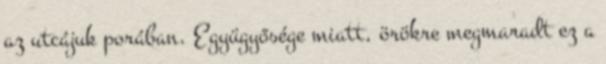
az utcájuk porában. Együgyősége miatt, örökre megmaradt ez a